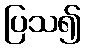
ပြသ၍